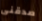
صدقنى